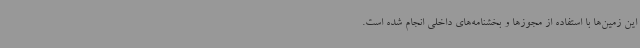
این زمین‌ها با استفاده از مجوزها و بخشنامه‌های داخلی انجام‌ شده است.